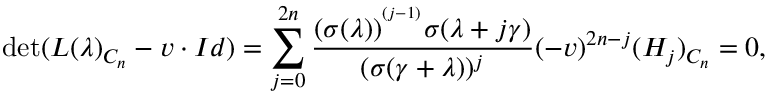
\operatorname * { d e t } ( L ( \lambda ) _ { C _ { n } } - v \cdot I d ) = \sum _ { j = 0 } ^ { 2 n } \frac { ( \sigma ( \lambda ) ) ^ { ^ { ( j - 1 ) } } \sigma ( \lambda + j \gamma ) } { ( \sigma ( \gamma + \lambda ) ) ^ { j } } ( - v ) ^ { 2 n - j } ( H _ { j } ) _ { C _ { n } } = 0 ,